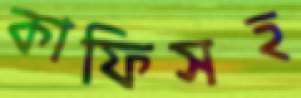
কাফিসহ